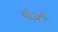
ચૌદમો